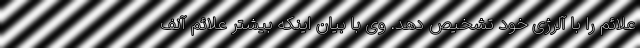
علائم را با آلرژی خود تشخیص دهد. وی با بیان اینکه بیشتر علائم آنف